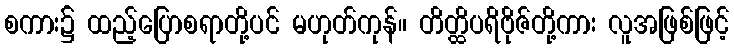
စကား၌ ထည့်ပြောစရာတို့ပင် မဟုတ်ကုန်။ တိတ္ထိပရိဗိုဇ်တို့ကား လူအဖြစ်ဖြင့်